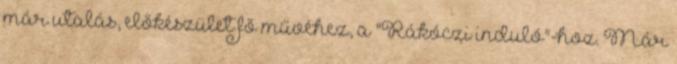
már utalás, előkészület fő művéhez, a "Rákóczi induló"-hoz. Már